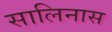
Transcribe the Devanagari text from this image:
सालिनास